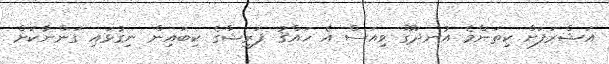
އަޝްރަފަށް ކިތަންމެ އުނދަގޫ ވިއަސް އެ ހައްޤު ފަރީޝާގެ ކިބައިން ނިގުޅައި ގަންނާކަށް